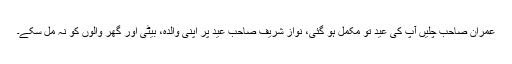
عمران صاحب چلیں آپ کی عید تو مکمل ہو گئی، نواز شریف صاحب عید پر اپنی والدہ، بیٹی اور گھر والوں کو نہ مل سکے۔